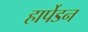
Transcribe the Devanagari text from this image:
हार्पेडन